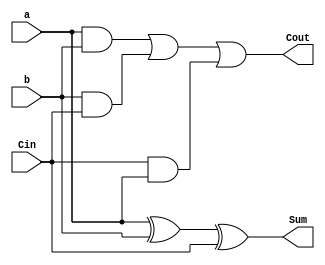
module fulladder(
    input a,
    input b,
    input Cin,
    output Sum,
    output Cout
    );
    assign Sum=a^b^Cin;
    assign Cout=(a&b)|(b&Cin)|(Cin&a);
endmodule